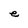
Character: e